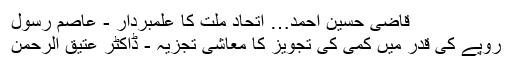
قاضی حسین احمد… اتحاد ملت کا علمبردار - عاصم رسول
روپے کی قدر میں کمی کی تجویز کا معاشی تجزیہ - ڈاکٹر عتیق الرحمٰن